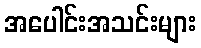
အပေါင်းအသင်းများ